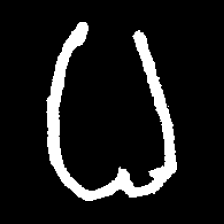
Pyu character \u2014 Myanmar letter: ဓ (romanized: dha)